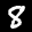
Label: 8